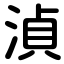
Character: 湞